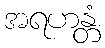
အရဟန္တံ